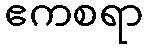
ဧကစရာ